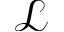
\mathcal { L }